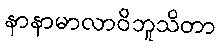
နာနာမာလာဝိဘူသိတာ